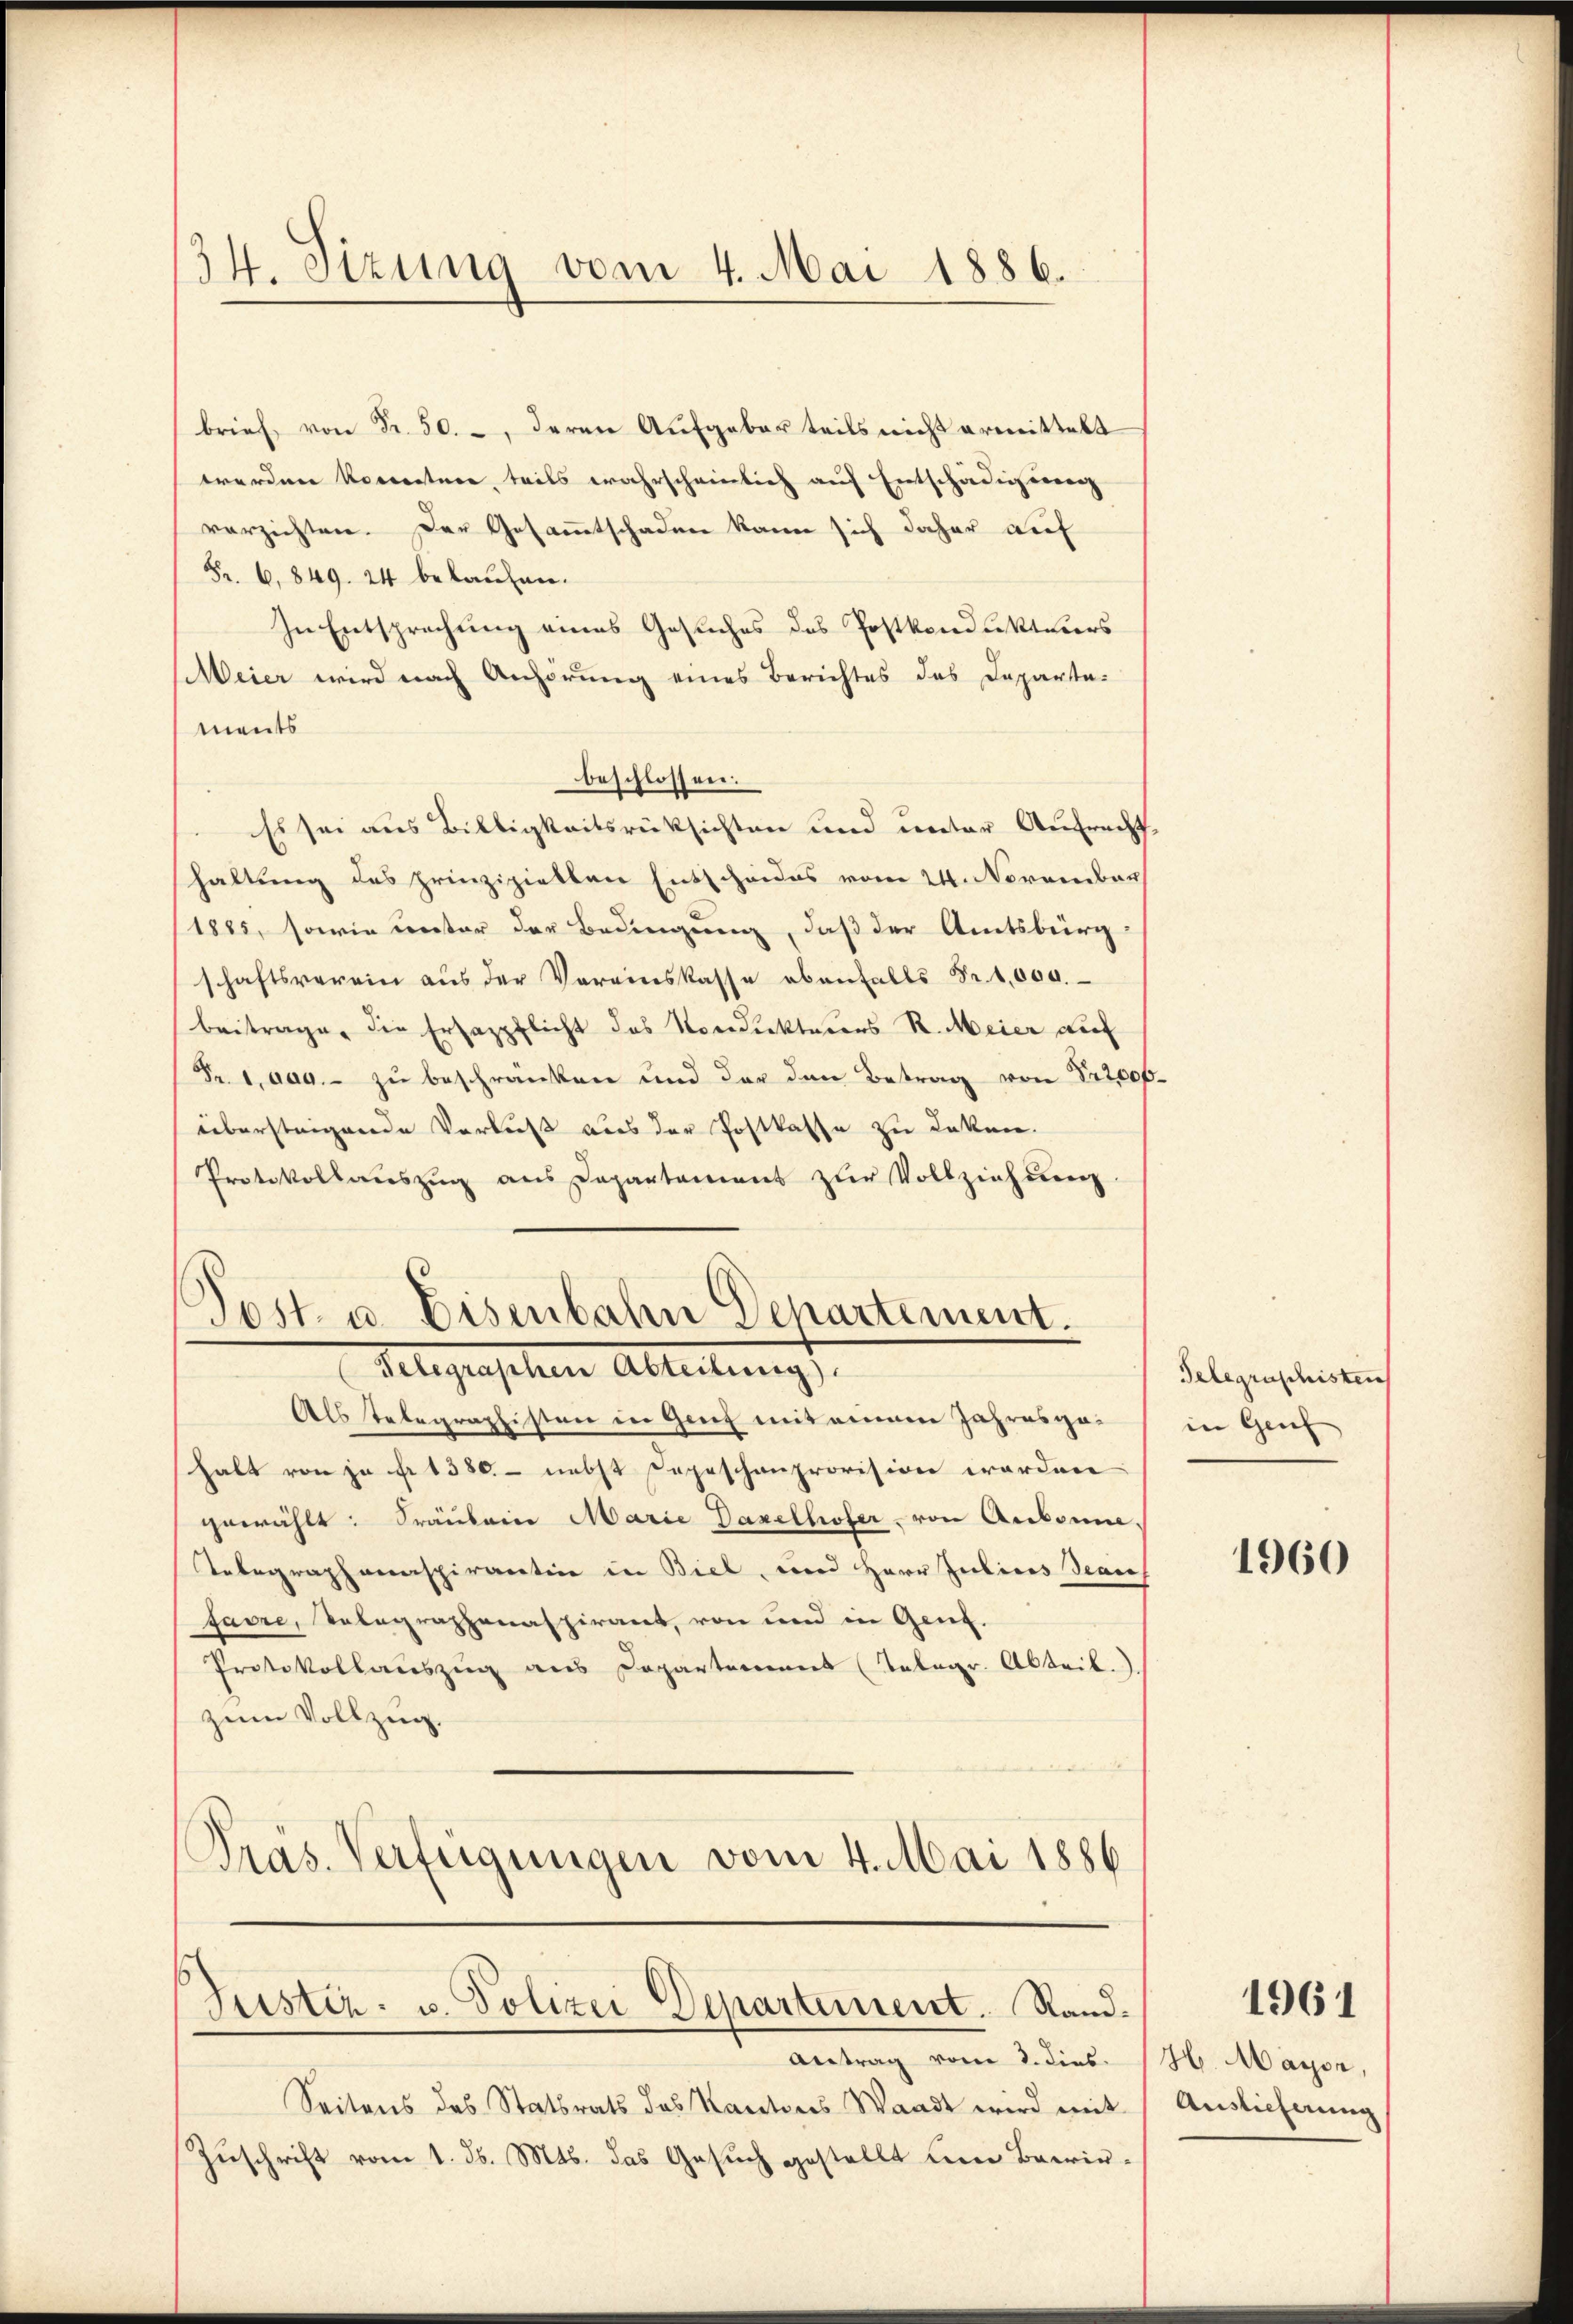
34. Sizung vom 4. Mai 1886.

brief von Fr. 50. -, deren Aufgebar teils nicht ermittelt
wordene Korrestere, teils wahrscheinlich auf Entschädigung
verzichten. Der Gesammtschaden kann sich daher auf
Fr. 6. 849. 24 belaufen.
In Entsprechung eines Gesuches des Postkondukteurs
Meier wird nach Anhörung eines Berichtes des Departements
beschlossen.
Es sei aus Biltigkeitsrücksichten und unter Aufrecht
haltung des prinzipiellen Entscheides vom 24. November
1885, sowie unter der Bedingung, daß der Amtsbürg-
schaftsverein aus der Vereinskasse ebenfalls Fr. 1,000.
beitrage, die Ersazpflicht das Nordirekterers R. Meier auf
Fr. 1. Mag. - zu beschränken und der den Betrag von 522,000.
übersteigende Verlust aus der Postkasse zu Laken.
Protokollauszug aus Departement zur Vollziehung

Post u. Eisenbahn Departement.
Telegraphen Abteilung)

Als Telegraphisten in Genf mit einem Jahresgahalt von ja fr. 1380 - nebst Depeschenprovision worden
gewählt: Fräulein Marie Daxelhofer von Arbonne,
Telegraphanaspirantion in Biel, und Herr Judices Senief
favre, Telegraphenaspirant, von und in Genf.
Protokollauszug aus Departement (Telegr. Abteil.).
zum Vollzug.
e
Präs. Verfügungen vom 4. Mai 1886

Justiz- u. Polizei Departement. Rand¬

Zuschrift vom 1. d. Mts. das Gesuch gestellt ein Bewir¬

Antrag vom 3. dies H. Mayer,
Seitens des Statsrats des Kantons Waadt wird mit Auslieferung

Telegraschisten
in Genf

1960

1961